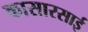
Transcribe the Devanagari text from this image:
कासारसाई